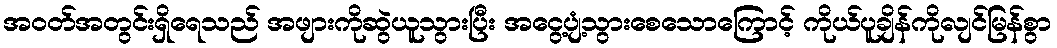
အဝတ်အတွင်းရှိရေသည် အဖျားကိုဆွဲယူသွားပြီး အငွေ့ပျံ့သွားစေသောကြောင့် ကိုယ်ပူချိန်ကိုလျင်မြန်စွာ